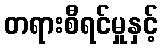
တရားစီရင်မှုနှင့်